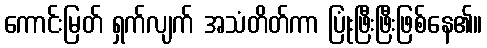
ကောင်းမြတ် ရှက်လျက် အသံတိတ်ကာ ပြုံးဖြီးဖြီးဖြစ်နေ၏။